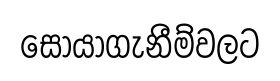
සොයාගැනීම්වලට